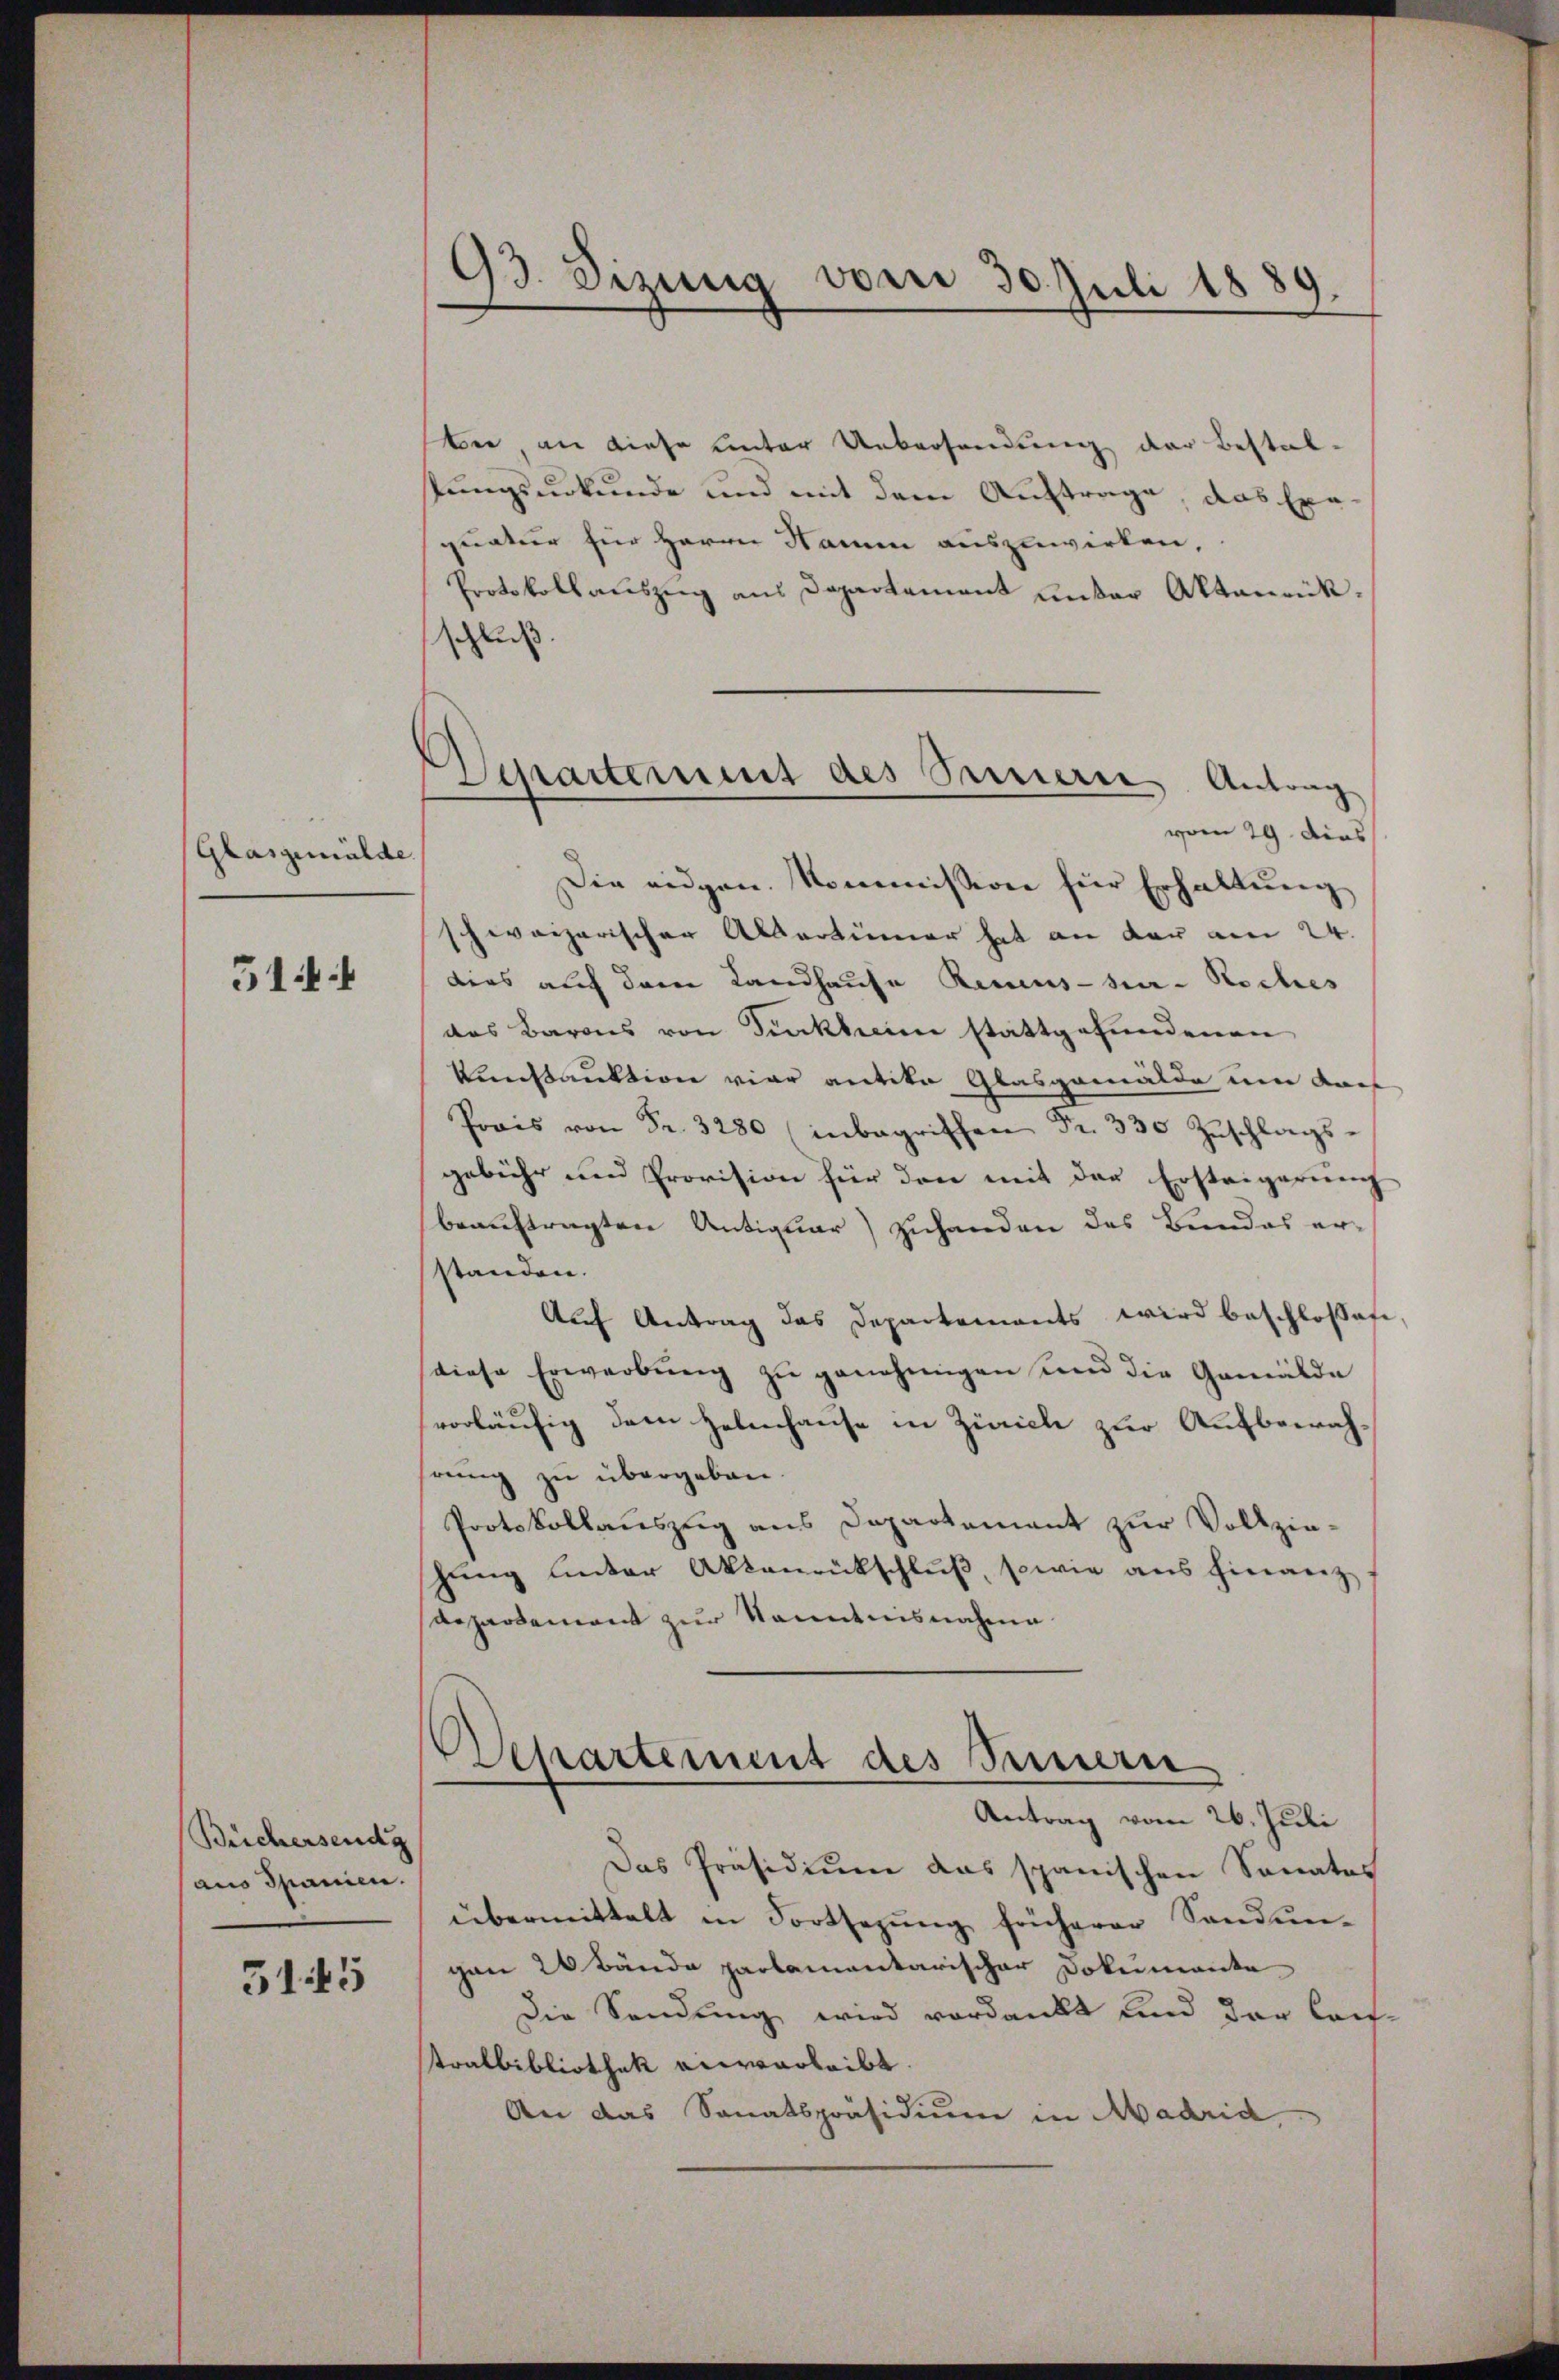
Glasgemälde

514.

Büchersende
(aus Spanien.

5145

93. Sizung vom 30. Juli 1889.

Venartement des Sennern Antrag
vom 29. Dies

bei, an diese unter Uebersendung der Bestalstungsurkunde und mit dem Auftrage, das Exequatur für Herrn Name auszuwirken
Protokollauszug aus Departement unter Aktenrückschluß.
Die eidgen. Kommission für Erhaltung
schweizerischer Albertinner hat an der am 24.
dies auf dem Landhause Recus-hi- Roches
das Barons von Dickheim stattgefundenen
kunstanktion vier antite Glasgemälde um dar
Prais von Fr. 3280 inbegrifchen Fr. 330 Zŭschlags-
gebühr und Provision für den mit der Ersteigerung
beauftragten Antiquar) zuhanden das Bundes erstanden.
Auf Antrag das Departements wird beschlossef
diese Erwerbŭng zŭ genehmigen und die Gemälde
vorläufig dem Helenhause in Zürich zur Aufbewahhrung zu übergeben.
Protokollauszug aus Departement zur Vollzieschung unter Aktenrückschluß, sowie aus hieranz
Repartement zur Kenntnisnahme
Departement des Sennern
Antrag vom 26. Juli
Das Präsidium das spanischen Sanates
übermittelt in Fortsetzŭng früherer Sandŭn-
gen 20 Bände parlamentarischer Dokumenta
die Sendung wird verdankt und der lauf
tralbibliothek anverleibt.
An das Sanatspräsidium in Madrid,